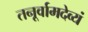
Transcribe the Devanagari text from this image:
तनूर्वामदेव्यं